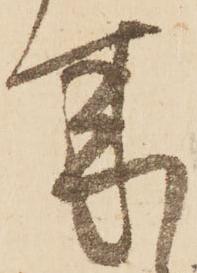
来